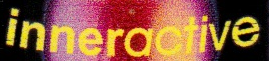
inneractive